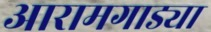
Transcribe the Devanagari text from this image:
आरामगाड्या